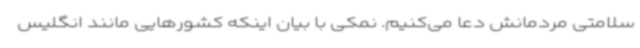
سلامتی مردمانش دعا می‌کنیم. نمکی با بیان اینکه کشورهایی مانند انگلیس